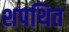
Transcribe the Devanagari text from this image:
शपथित